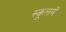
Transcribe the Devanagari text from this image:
स्कूलमें